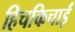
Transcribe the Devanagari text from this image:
हिचकिचाईं